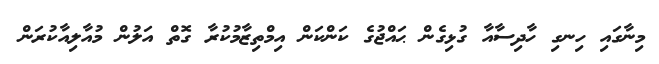
މިނާގައި ހިނގި ހާދިސާއާ ގުޅިގެން ޙައްޖުގެ ކަންކަން އިމްތިޒާމުކުރާ ގޮތް އަލުން މުއާލިއާކުރަން